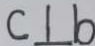
c \bot b